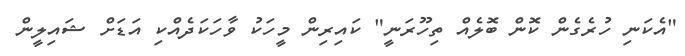
"އެކަނި ހުރެގެން ކޮން ބޮލެއް ތިހޫރަނީ" ކައިރިން މީހަކު ވާހަކަދެއްކި އަޑަށް ޝައިލީން